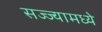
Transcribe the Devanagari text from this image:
सज्ज्यामध्ये